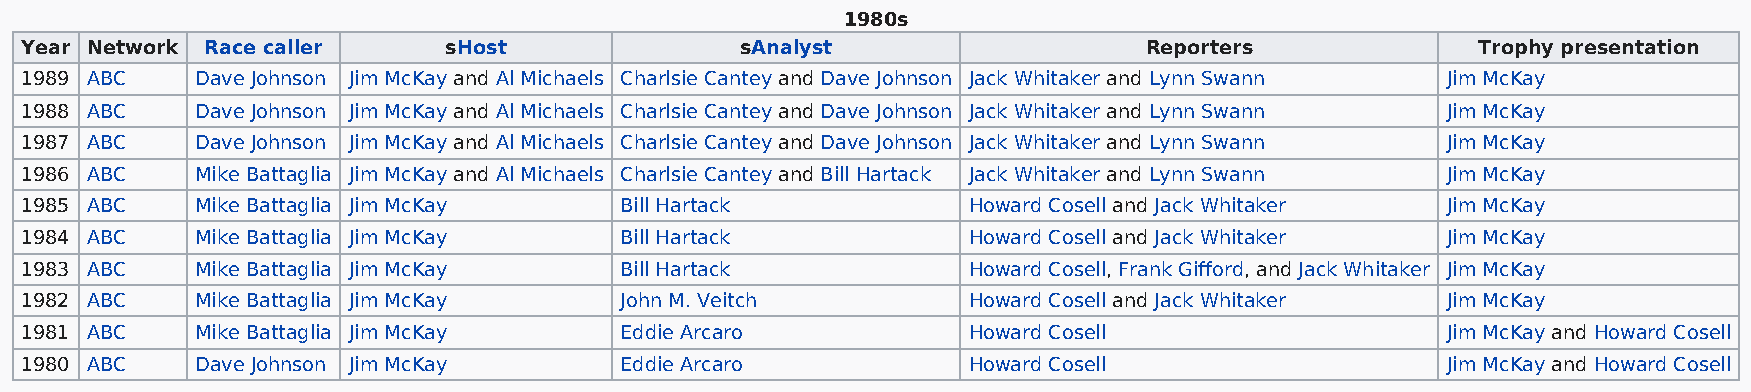
1980s
 Year Network Race caller    sHost               sAnalyst                   Reporters             Trophy presentation
 1989 ABC    Dave Johnson Jim McKay and Al Michaels Charlsie Cantey and Dave Johnson Jack Whitaker and Lynn Swann Jim McKay
 1988 ABC    Dave Johnson Jim McKay and Al Michaels Charlsie Cantey and Dave Johnson Jack Whitaker and Lynn Swann Jim McKay
 1987 ABC    Dave Johnson Jim McKay and Al Michaels Charlsie Cantey and Dave Johnson Jack Whitaker and Lynn Swann Jim McKay
 1986 ABC    Mike Battaglia Jim McKay and Al Michaels Charlsie Cantey and Bill Hartack Jack Whitaker and Lynn Swann Jim McKay
 1985 ABC    Mike Battaglia Jim McKay    Bill Hartack           Howard Cosell and Jack Whitaker Jim McKay
 1984 ABC    Mike Battaglia Jim McKay    Bill Hartack           Howard Cosell and Jack Whitaker Jim McKay
 1983 ABC    Mike Battaglia Jim McKay    Bill Hartack           Howard Cosell, Frank Gifford, and Jack Whitaker Jim McKay
 1982 ABC    Mike Battaglia Jim McKay    John M. Veitch         Howard Cosell and Jack Whitaker Jim McKay
 1981 ABC    Mike Battaglia Jim McKay    Eddie Arcaro           Howard Cosell                   Jim McKay and Howard Cosell
 1980 ABC    Dave Johnson Jim McKay      Eddie Arcaro           Howard Cosell                   Jim McKay and Howard Cosell